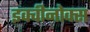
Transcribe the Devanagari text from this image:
इक्वीनोक्स